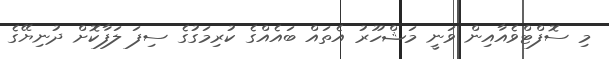
މި ސޮފްޓްވެއާއިން ވަނީ މަޝްހޫރު އެތައް ބައެއްގެ ކުރިމަގުގެ ސިފަ ލަފާކޮށް ދުނިޔޭގެ